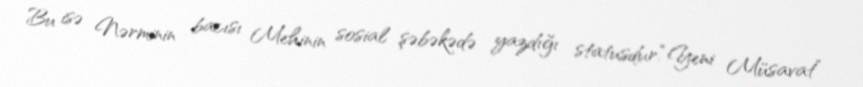
Bu isə Nərminin bacısı Mehinin sosial şəbəkədə yazdığı statusdur.“Yeni Müsavat”